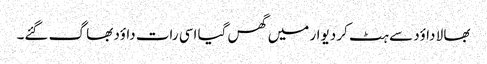
بھا لا داؤد سے ہٹ کر دیوار میں گھس گیا اسی رات داؤد بھا گ گئے۔